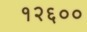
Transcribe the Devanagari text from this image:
१२६००